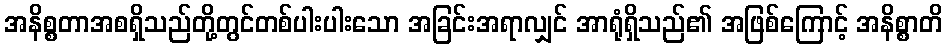
အနိစ္စတာအစရှိသည်တို့တွင်တစ်ပါးပါးသော အခြင်းအရာလျှင် အာရုံရှိသည်၏ အဖြစ်ကြောင့် အနိစ္စာတိ